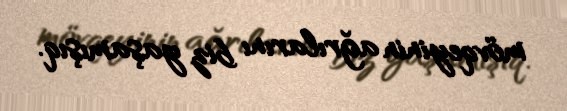
mövqeyinin ağrılarını biz yaşamışıq.